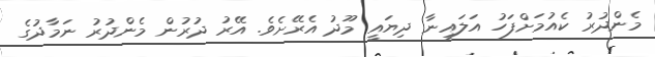
މެންދުރު ކެއުމަށްފަހު އަލައިނާ ދިޔައީ މޫދު އެރޭށެވެ. އޭރު ދުރުން މެންދުރު ނަމާދުގެ